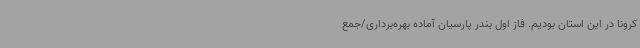
کرونا در این استان بودیم. فاز اول بندر پارسیان آماده بهره‌برداری/جمع